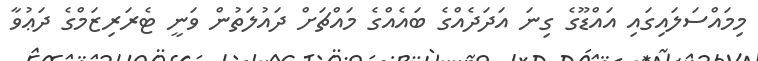
މިމައްސަލައިގައި އައްޑޫގެ ގިނަ އަދަދެއްގެ ބައެއްގެ މައްޗަށް ދައުލަތުން ވަނީ ޓެރަރިޒަމްގެ ދަޢުވާ